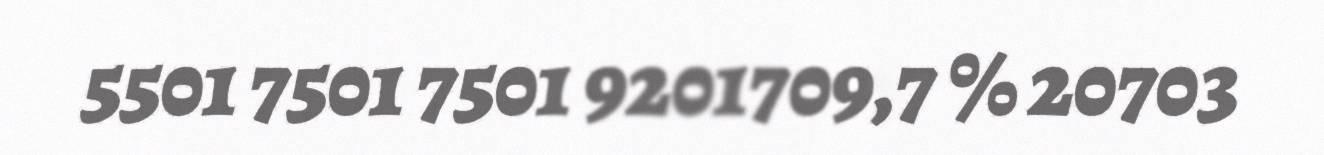
5501 7501 7501 9201709,7 % 20703